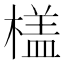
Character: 𣙥